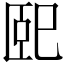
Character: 巸